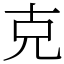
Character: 克